Leaving Certificate Examination, 1910
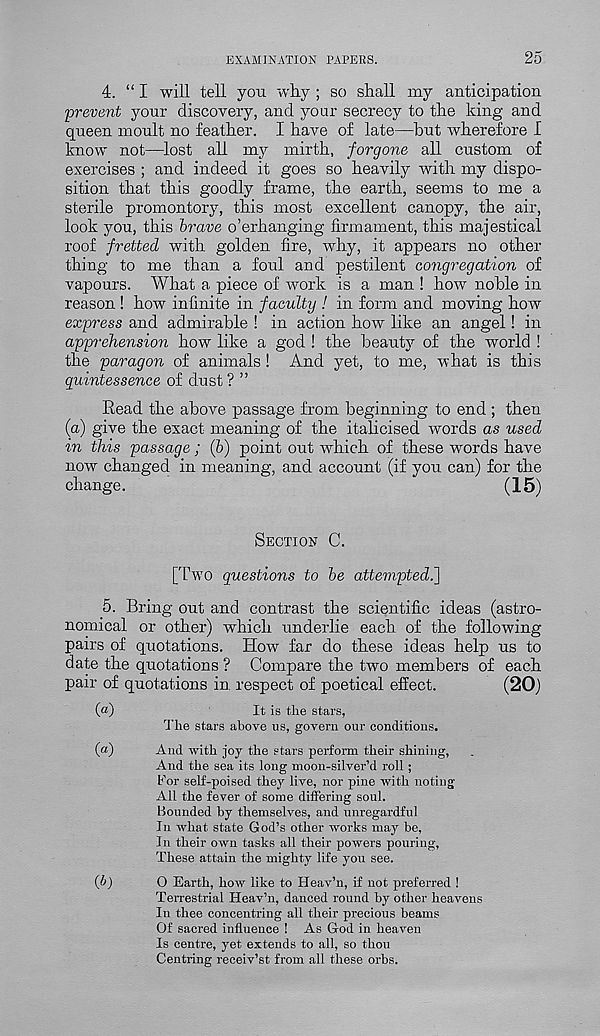
EXAMINATION PAPERS.
25
4. “I will tell you why ; so shall my anticipation
prevent your discovery, and your secrecy to the king and
queen moult no feather. I have of late—but wherefore I
know not—lost all my mirth, forgone all custom of
exercises ; and indeed it goes so heavily with my dispo-
sition that this goodly frame, the earth, seems to me a
sterile promontory, this most excellent canopy, the air,
look you, this brave o’erhanging firmament, this majestical
roof fretted with golden fire, why, it appears no other
thing to me than a foul and pestilent co?igregation of
vapours. What a piece of work is a man ! how noble in
reason ! how infinite in faculty ! in form and moving how
express and admirable ! in action how like an angel! in
apprehension how like a god ! the beauty of the world !
the paragon of animals ! And yet, to me, what is this
quintessence of dust ? ”
Read the above passage from beginning to end ; then
(a) give the exact meaning of the italicised words as used
in this passage; (b) point out which of these words have
now changed in meaning, and account (if you can) for the
change.
(15)
SECTION C.
[Two questions to be attempted.']
5. Bring out and contrast the scientific ideas (astro-
nomical or other) which underlie each of the following
pairs of quotations. How far do these ideas help us to
date the quotations ? Compare the two members of each
pair of quotations in respect of poetical effect.
(20)
(a)
It is the stars,
The stars above us, govern our conditions.
(«)
And with joy the stars perform their shining,
And the sea its long moon-silver’d roll;
For self-poised they live, nor pine with noting
All the fever of some differing soul.
Bounded by themselves, and unregardful
In what state God’s other works may be,
In their own tasks all their powers pouring,
These attain the mighty life you see.
(b)
0 Earth, how like to Heav’n, if not preferred !
Terrestrial Heav’n, danced round by other heavens
In thee concentring all their precious beams
Of sacred influence ! As God in heaven
Is centre, yet extends to all, so thou
Centring receiv’st from all these orbs.